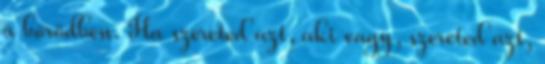
a bőrödben. Ha szereted azt, aki vagy, szereted azt,